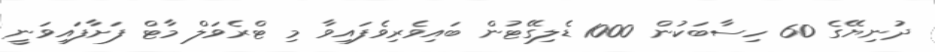
ދުނިޔޭގެ 60 ހިސާބަކުން 1000 ޑެލިގޭޓުން ބައިވެރިވެފައިވާ މި ޓްރެވަލް މާޓް ފަށާފައިވަނީ